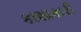
કાશાકારી